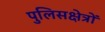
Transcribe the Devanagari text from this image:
पुलिसक्षेत्रों